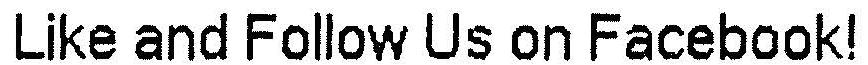
LIKE AND FOLLOW US ON FACEBOOK!